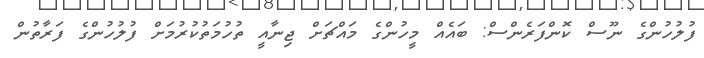
ފުލުހުންގެ ނޫސް ކޮންފަރެންސް: ބައެއް މީހުންގެ މައްޗަށް ޖިނާއީ ތުހުމަތުކުރުމަށް ފުލުހުންގެ ފަރާތުން